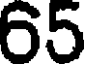
65